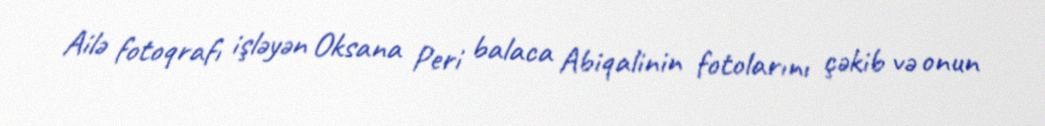
Ailə fotoqrafı işləyən Oksana Peri balaca Abiqalinin fotolarını çəkib və onun